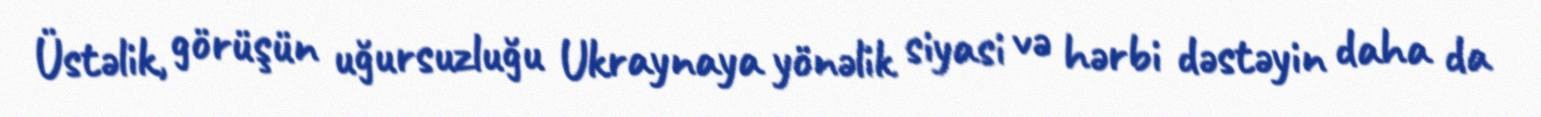
Üstəlik, görüşün uğursuzluğu Ukraynaya yönəlik siyasi və hərbi dəstəyin daha da